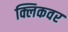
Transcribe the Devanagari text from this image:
क्लिकवर